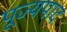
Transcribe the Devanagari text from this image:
पूज्‍यपाद